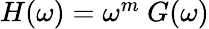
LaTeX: \begin{array}{r}{\begin{array}{r}{H(\omega)=\omega^{m}~G(\omega)}\end{array}}\end{array}